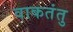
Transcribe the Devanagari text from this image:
वाकतंतु